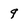
Character: 9